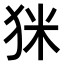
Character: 𤝸